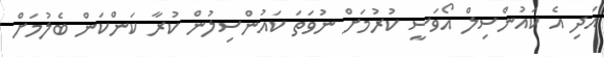
އަދި އެ ކައުންސިލް އޯވަސީ ކުރުމަށް ނުވަތަ ކައުންސިލުން ކުރާ ކަންކަން ބެލުމަށް